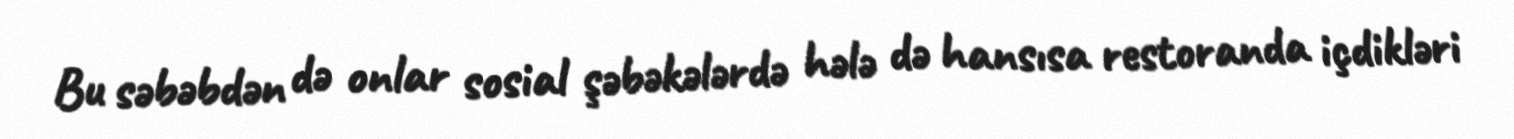
Bu səbəbdən də onlar sosial şəbəkələrdə hələ də hansısa restoranda içdikləri